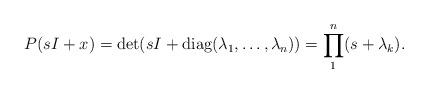
LaTeX: \begin{align*}\begin{aligned}P(sI+x)=\det(sI+\operatorname {diag} (\lambda_1 ,\dots,\lambda_n) )=\prod\limits_1^n(s+\lambda_k ).\end{aligned}\end{align*}